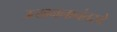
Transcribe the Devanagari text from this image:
उत्खननानंतरचे